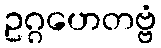
ဥဂ္ဂဟေတဗ္ဗံ